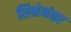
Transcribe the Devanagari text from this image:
शिक्षेनंतर